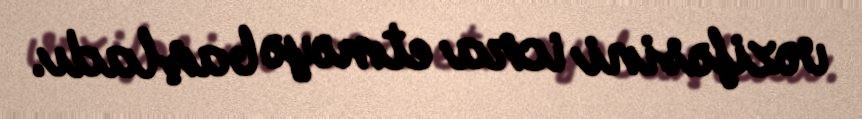
vəzifəsini icra etməyə başladı.